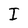
Character: I